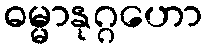
ဓမ္မာနုဂ္ဂဟော